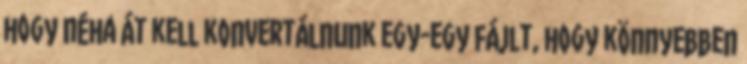
hogy néha át kell konvertálnunk egy-egy fájlt, hogy könnyebben